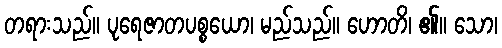
တရားသည်။ ပုရေဇာတပစ္စယော၊ မည်သည်။ ဟောတိ၊ ၏။ သော၊